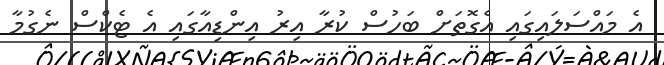
އެ މައްސަލައިގައި އެގޮތަށް ބަހުސް ކުރާ އިރު އިންޑިއާގައި އެ ޓެކްސް ނެގުމާ